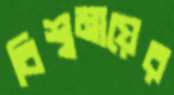
বিশ্বমায়ের